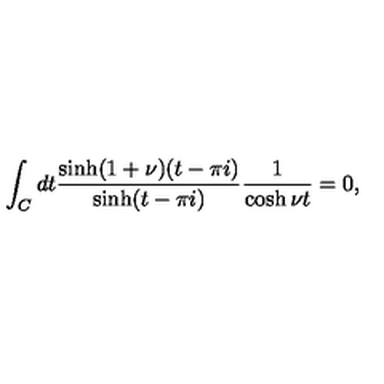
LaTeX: \int _ { C } d t \frac { \sinh ( 1 + \nu ) ( t - \pi i ) } { \sinh ( t - \pi i ) } \frac { 1 } { \cosh \nu t } = 0 ,